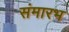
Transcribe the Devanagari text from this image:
संमारभ